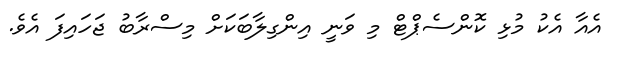
އެއާ އެކު މުޅި ކޮންސެޕްޓް މި ވަނީ އިންގިލާބަކަށް މިސްރާބު ޖަހައިފަ އެވެ.